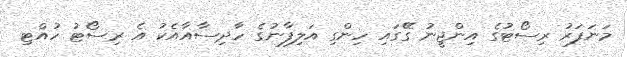
މަނަފަރު ރިސޯޓުގެ އިންޖީނު ގޭގައި ހިންގި އަލިފާނުގެ ހާދިސާއާއެކު އެ ރިސޯޓު ހުއްޓި